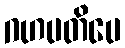
ဂဟပတိပေ